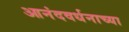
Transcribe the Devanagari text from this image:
आनंदवर्धनाच्या